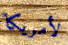
لأمريكا